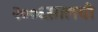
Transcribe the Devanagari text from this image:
२००६सालची